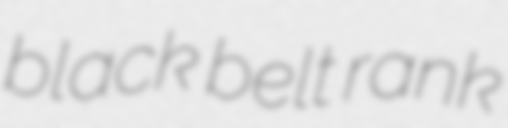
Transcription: black belt rank